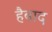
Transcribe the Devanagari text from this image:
हैबाद